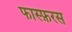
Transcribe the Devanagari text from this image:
फास्फ़रस